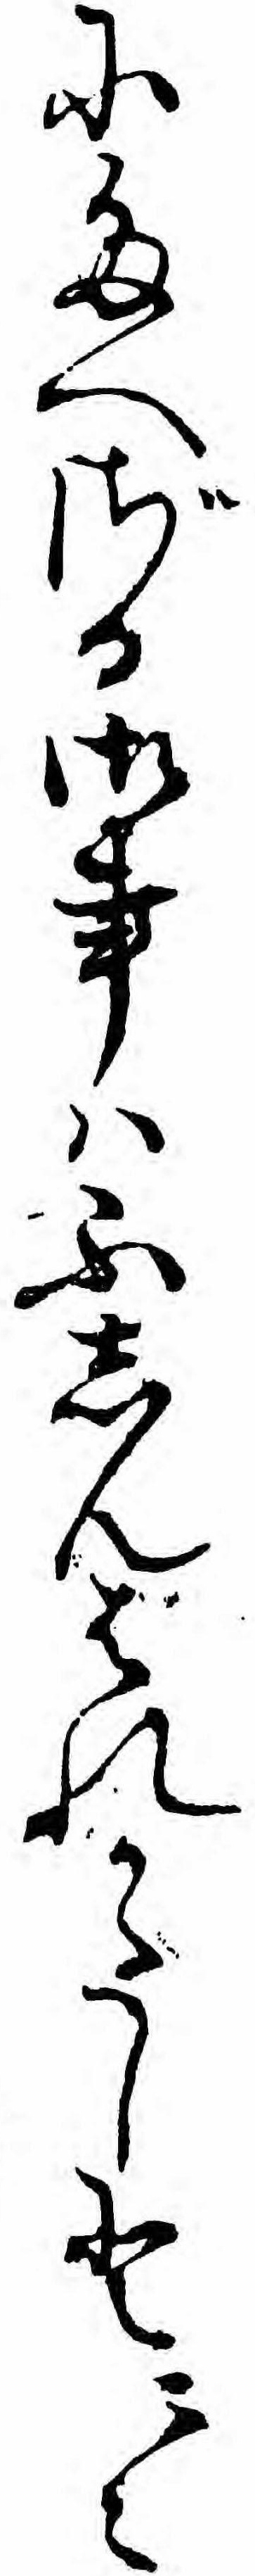
にたへざる御事ハふしんはれかたしと云々